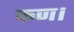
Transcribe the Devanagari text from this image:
कण।